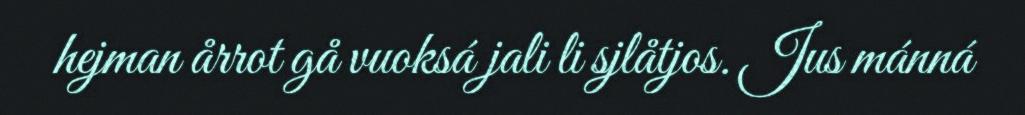
hejman årrot gå vuoksá jali li sjlåtjos. Jus mánná